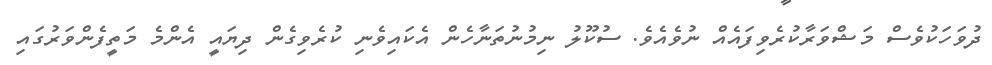
ދުވަހަކުވެސް މަޝްވަރާކުރެވިފައެއް ނުވެއެވެ. ސުކޫލު ނިމުނުތަނާހެން އެކައިވެނި ކުރެވިގެން ދިޔައީ އެންމެ މަތީފެންވަރުގައި